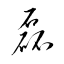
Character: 磊